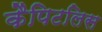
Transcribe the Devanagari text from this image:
कैपिटलिस